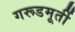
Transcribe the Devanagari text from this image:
गरूडमूर्ती